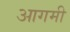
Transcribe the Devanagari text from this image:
आगमी